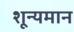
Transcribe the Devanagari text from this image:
शून्यमान